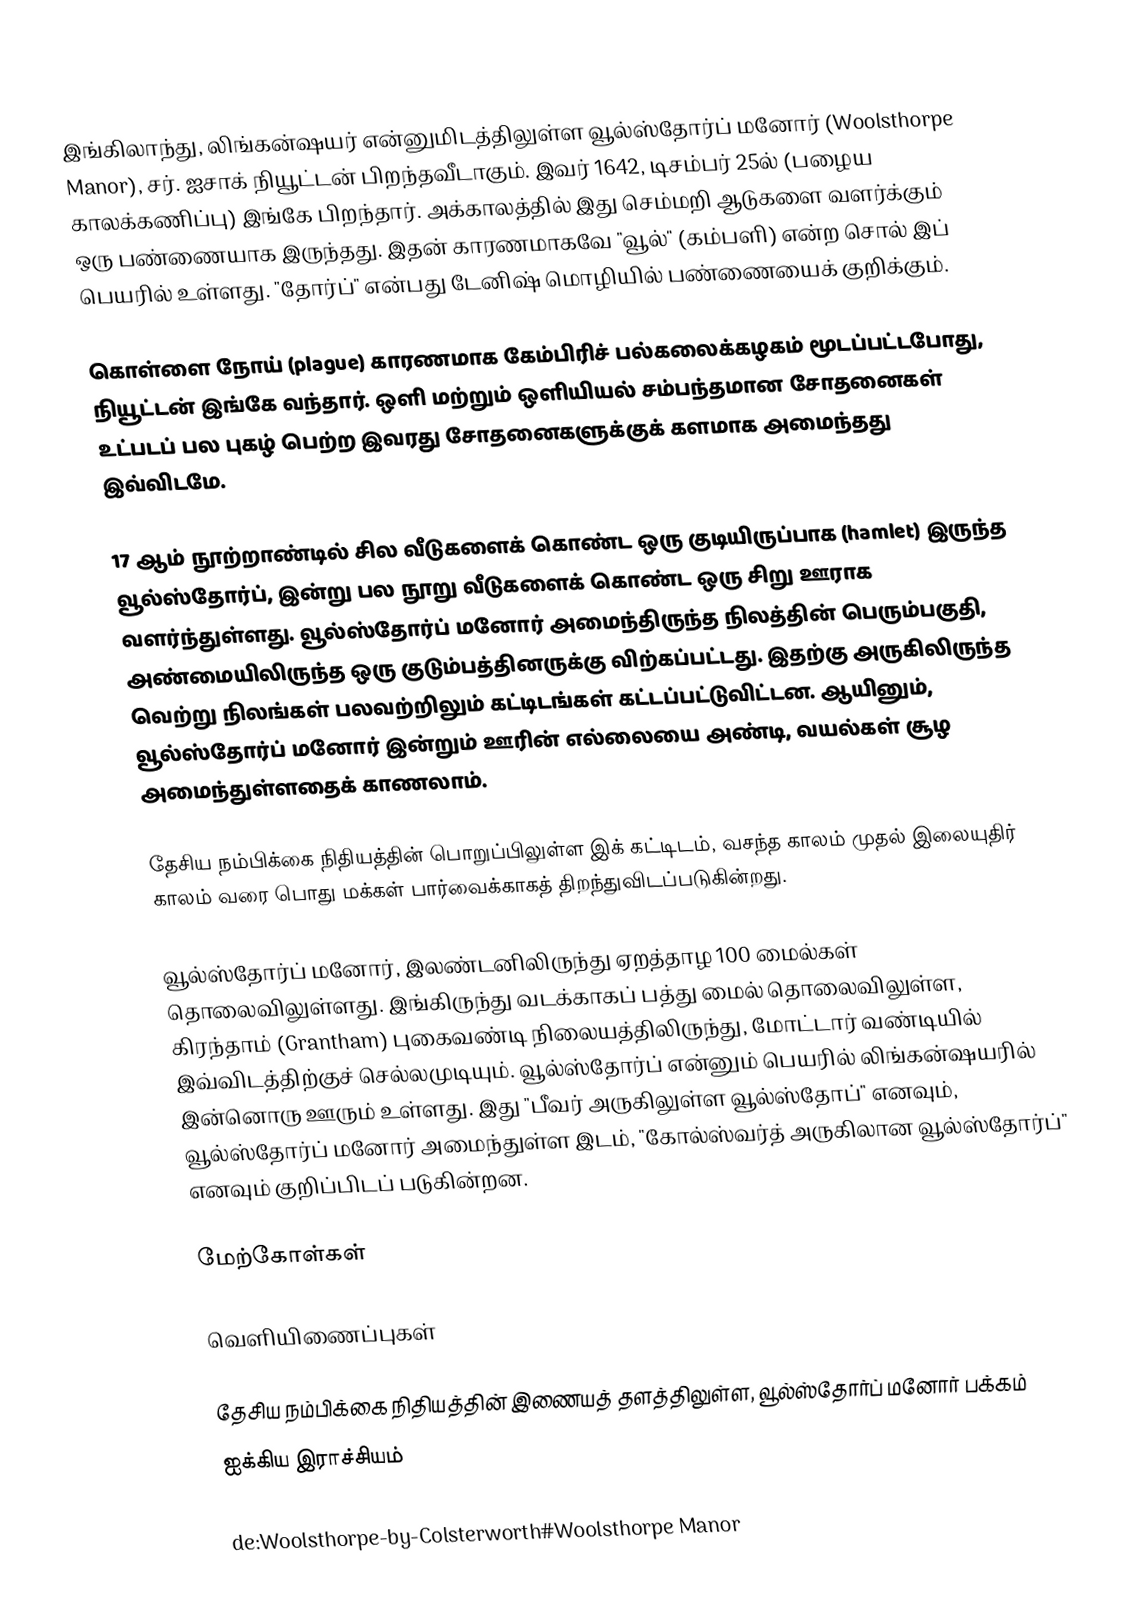
இங்கிலாந்து, லிங்கன்ஷயர் என்னுமிடத்திலுள்ள வூல்ஸ்தோர்ப் மனோர் (Woolsthorpe Manor), சர். ஐசாக் நியூட்டன் பிறந்தவீடாகும். இவர் 1642, டிசம்பர் 25ல் (பழைய காலக்கணிப்பு) இங்கே பிறந்தார். அக்காலத்தில் இது செம்மறி ஆடுகளை வளர்க்கும் ஒரு பண்ணையாக இருந்தது. இதன் காரணமாகவே "வூல்" (கம்பளி) என்ற சொல் இப் பெயரில் உள்ளது. "தோர்ப்" என்பது டேனிஷ் மொழியில் பண்ணையைக் குறிக்கும்.

கொள்ளை நோய் (plague) காரணமாக கேம்பிரிச் பல்கலைக்கழகம் மூடப்பட்டபோது, நியூட்டன் இங்கே வந்தார். ஒளி மற்றும் ஒளியியல் சம்பந்தமான சோதனைகள் உட்படப் பல புகழ் பெற்ற இவரது சோதனைகளுக்குக் களமாக அமைந்தது இவ்விடமே.

17 ஆம் நூற்றாண்டில் சில வீடுகளைக் கொண்ட ஒரு குடியிருப்பாக (hamlet) இருந்த வூல்ஸ்தோர்ப், இன்று பல நூறு வீடுகளைக் கொண்ட ஒரு சிறு ஊராக வளர்ந்துள்ளது. வூல்ஸ்தோர்ப் மனோர் அமைந்திருந்த நிலத்தின் பெரும்பகுதி, அண்மையிலிருந்த ஒரு குடும்பத்தினருக்கு விற்கப்பட்டது. இதற்கு அருகிலிருந்த வெற்று நிலங்கள் பலவற்றிலும் கட்டிடங்கள் கட்டப்பட்டுவிட்டன. ஆயினும், வூல்ஸ்தோர்ப் மனோர் இன்றும் ஊரின் எல்லையை அண்டி, வயல்கள் சூழ அமைந்துள்ளதைக் காணலாம்.

தேசிய நம்பிக்கை நிதியத்தின் பொறுப்பிலுள்ள இக் கட்டிடம், வசந்த காலம் முதல் இலையுதிர் காலம் வரை பொது மக்கள் பார்வைக்காகத் திறந்துவிடப்படுகின்றது.

வூல்ஸ்தோர்ப் மனோர், இலண்டனிலிருந்து ஏறத்தாழ 100 மைல்கள் தொலைவிலுள்ளது. இங்கிருந்து வடக்காகப் பத்து மைல் தொலைவிலுள்ள, கிரந்தாம் (Grantham) புகைவண்டி நிலையத்திலிருந்து, மோட்டார் வண்டியில் இவ்விடத்திற்குச் செல்லமுடியும். வூல்ஸ்தோர்ப் என்னும் பெயரில் லிங்கன்ஷயரில் இன்னொரு ஊரும் உள்ளது. இது "பீவர் அருகிலுள்ள வூல்ஸ்தோப்" எனவும், வூல்ஸ்தோர்ப் மனோர் அமைந்துள்ள இடம், "கோல்ஸ்வர்த் அருகிலான வூல்ஸ்தோர்ப்" எனவும் குறிப்பிடப் படுகின்றன.

மேற்கோள்கள்

வெளியிணைப்புகள்

 தேசிய நம்பிக்கை நிதியத்தின் இணையத் தளத்திலுள்ள, வூல்ஸ்தோர்ப் மனோர் பக்கம்
ஐக்கிய இராச்சியம்

de:Woolsthorpe-by-Colsterworth#Woolsthorpe Manor